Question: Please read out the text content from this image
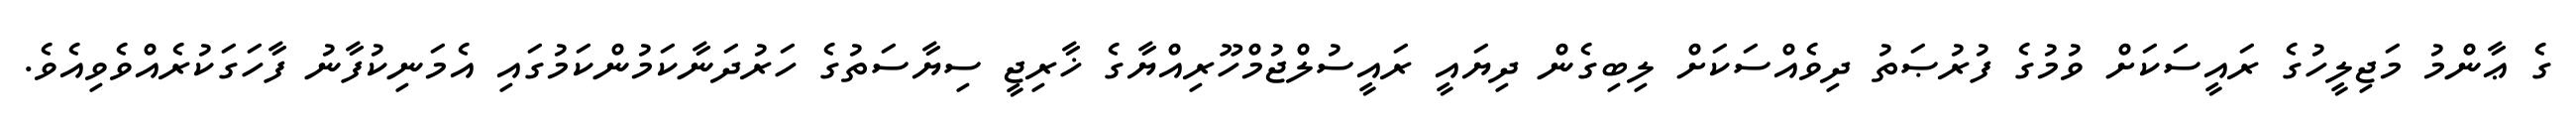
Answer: ގެ ޢާންމު މަޖިލީހުގެ ރައީސަކަށް ވުމުގެ ފުރުޞަތު ދިވެއްސަކަށް ލިބިގެން ދިޔައީ ރައީސުލްޖުމްހޫރިއްޔާގެ ޚާރިޖީ ސިޔާސަތުގެ ހަރުދަނާކަމުންކަމުގައި އެމަނިކުފާނު ފާހަގަކުރެއްވެވިއެވެ.